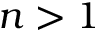
n > 1